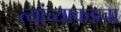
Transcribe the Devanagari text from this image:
त्यांच्याकडचा